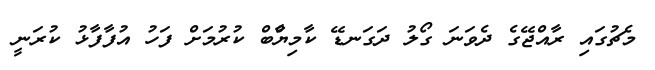
މެޗުގައި ރާއްޖޭގެ ދެވަނަ ގޯލު ދަގަނޑޭ ކާމިޔާްބް ކުރުމަށް ފަހު އުފާފާޅު ކުރަނީ